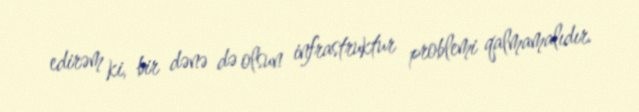
edirəm ki, bir dənə də olsun infrastruktur problemi qalmamalıdır.